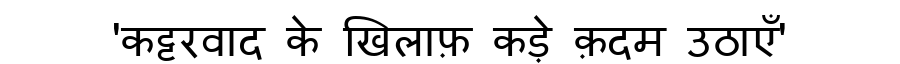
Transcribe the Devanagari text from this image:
'कट्टरवाद के खिलाफ़ कड़े क़दम उठाएँ'